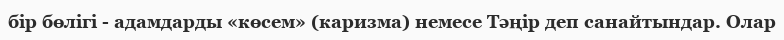
бір бөлігі - адамдарды «көсем» (каризма) немесе Тәңір деп санайтындар. Олар